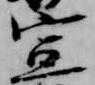
宣